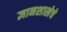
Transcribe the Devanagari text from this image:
ज्ञानशाखेचे